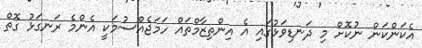
އެކަންކަން ނުކޮށް މި ދަނޑިވަޅުގައި އެ އިންތިޒާމްތައް ހަމަޖެއްސުމަކީ އެންމެ ރަނގަޅު ގޮތް